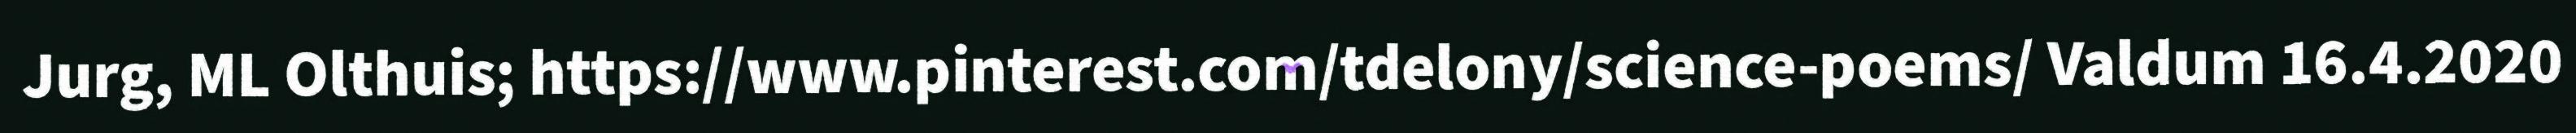
Jurg, ML Olthuis; https://www.pinterest.com/tdelony/science-poems/ Valdum 16.4.2020